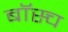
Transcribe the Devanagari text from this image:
बॉस्च